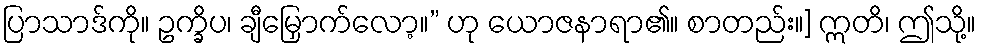
ပြာသာဒ်ကို။ ဥက္ခိပ၊ ချီမြှောက်လော့။” ဟု ယောဇနာရာ၏။ စာတည်း။] ဣတိ၊ ဤသို့။